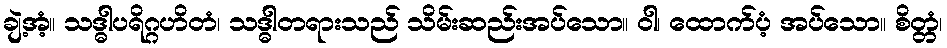
ချဲ့အံ့။ သဒ္ဓါပရိဂ္ဂဟိတံ၊ သဒ္ဓါတရားသည် သိမ်းဆည်းအပ်သော။ ဝါ၊ ထောက်ပံ့ အပ်သော။ စိတ္တံ၊